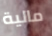
مالية